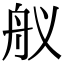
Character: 舣